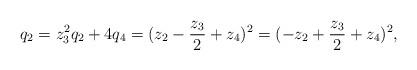
LaTeX: \begin{align*}q_2 = z_3^2 q_2 + 4 q_4 = (z_2 -\frac{z_3}{2} + z_4)^2 = (-z_2 + \frac{z_3}{2} + z_4)^2,\end{align*}